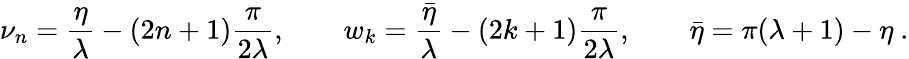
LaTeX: \nu_{n}=\frac{\eta}{\lambda}-(2n+1)\frac{\pi}{2\lambda},\qquad w_{k}=\frac{\bar{\eta}}{\lambda}-(2k+1)\frac{\pi}{2\lambda},\qquad\bar{\eta}=\pi(\lambda+1)-\eta\ .